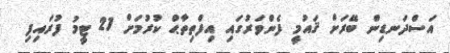
އަސްދަނޑިން ބޭރަށް ޤައުމީ ފެންވަރުގައި އިފްތިތާޙް ކުރުމަށް 21 ޓީމު ފުރައިފި